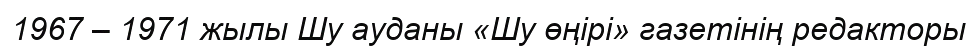
1967 – 1971 жылы Шу ауданы «Шу өңірі» газетінің редакторы